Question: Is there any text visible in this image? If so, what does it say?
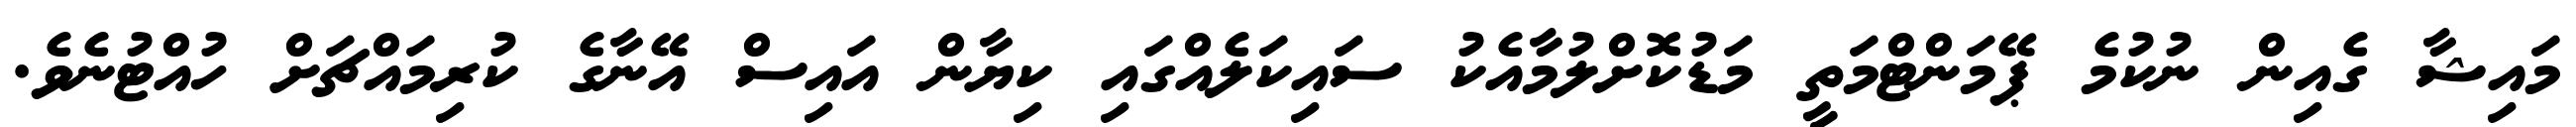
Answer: މައިޝާ ގެއިން ނުކުމެ ޕޭމަންޓްމަތީ މަޑުކޮށްލުމާއެކު ސައިކަލެއްގައި ކިޔާން އައިސް އޭނާގެ ކުރިމައްޗަށް ހުއްޓުނެވެ.